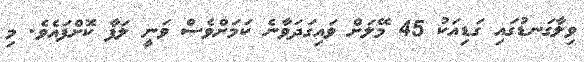
ވިލާގަނޑުގައި ގަޑިއަކު 45 މޭލަށް ވައިގަދަވާނެ ކަމަށްވެސް ވަނީ ލަފާ ކޮށްފައެވެ. މި